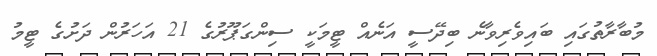
މުބާރާތުގައި ބައިވެރިވާނެ ބިދޭސީ އަނެއް ޓީމަކީ ސިންގަޕޫރުގެ 21 އަހަރުން ދަށުގެ ޓީމު